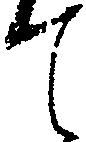
て